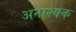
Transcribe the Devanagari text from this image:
अनाश्यक